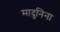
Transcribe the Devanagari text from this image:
मादुनिना